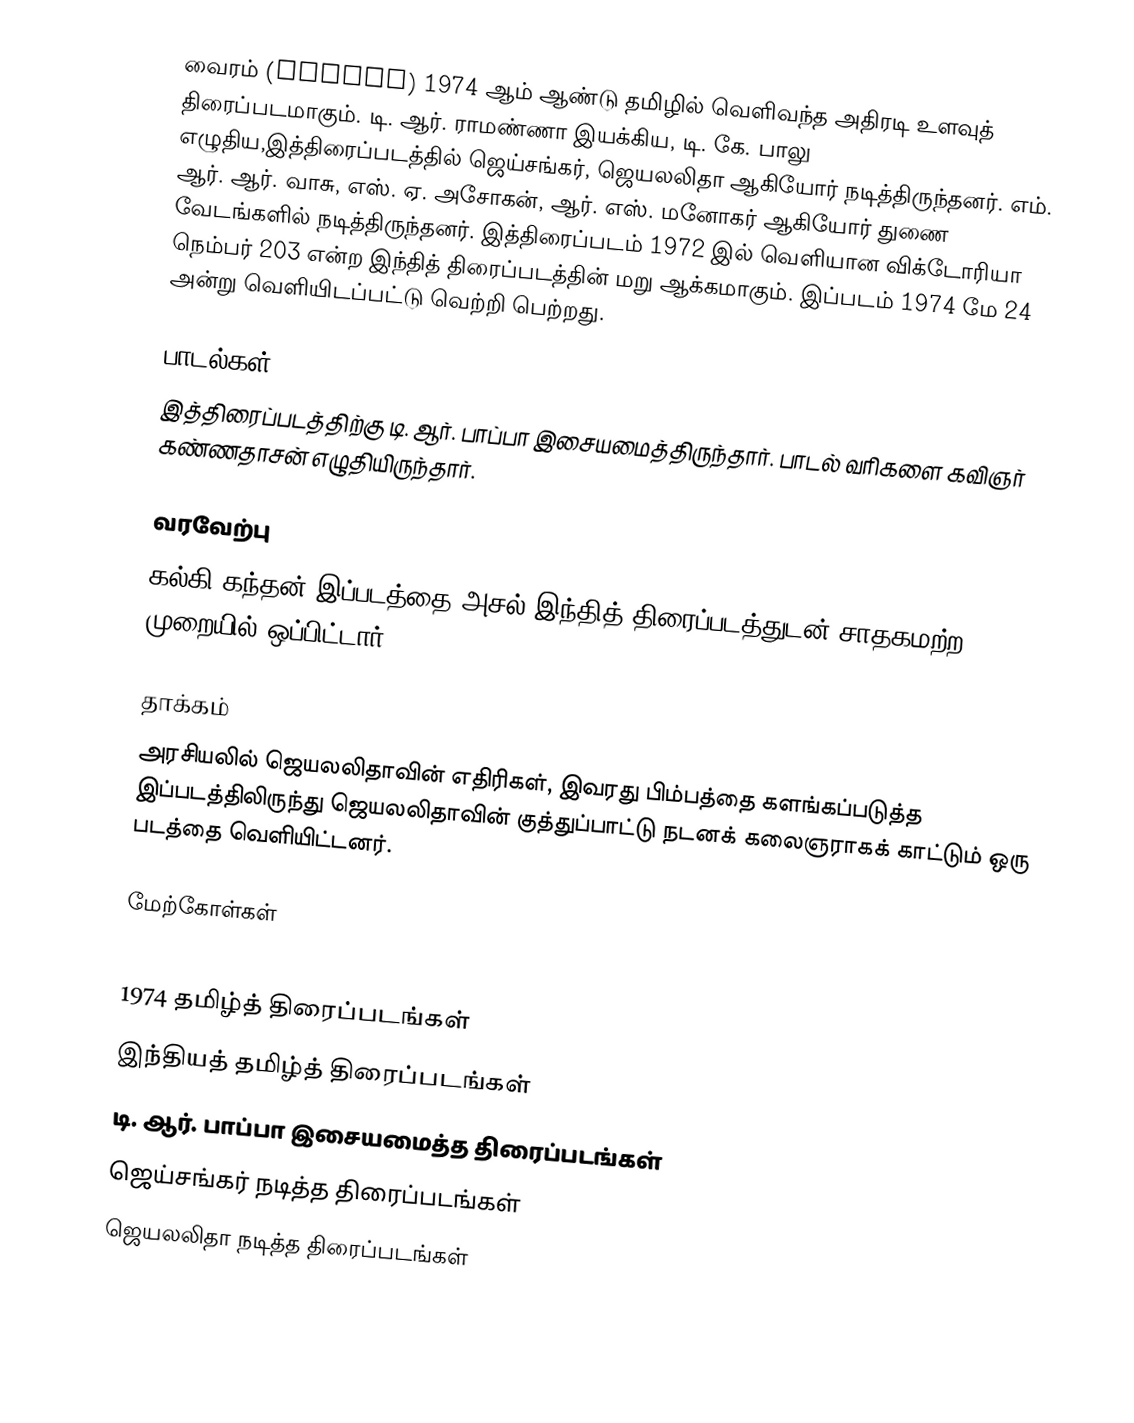
வைரம் (Vairam) 1974 ஆம் ஆண்டு தமிழில் வெளிவந்த அதிரடி உளவுத் திரைப்படமாகும். டி. ஆர். ராமண்ணா இயக்கிய,  டி. கே. பாலு எழுதிய,இத்திரைப்படத்தில் ஜெய்சங்கர், ஜெயலலிதா ஆகியோர் நடித்திருந்தனர். எம். ஆர். ஆர். வாசு, எஸ். ஏ. அசோகன், ஆர். எஸ். மனோகர் ஆகியோர் துணை வேடங்களில் நடித்திருந்தனர். இத்திரைப்படம் 1972 இல் வெளியான விக்டோரியா நெம்பர் 203 என்ற இந்தித் திரைப்படத்தின் மறு ஆக்கமாகும். இப்படம் 1974 மே 24 அன்று வெளியிடப்பட்டு வெற்றி பெற்றது.

பாடல்கள்
இத்திரைப்படத்திற்கு டி. ஆர். பாப்பா இசையமைத்திருந்தார். பாடல் வரிகளை கவிஞர் கண்ணதாசன் எழுதியிருந்தார்.

வரவேற்பு
கல்கி கந்தன் இப்படத்தை அசல் இந்தித் திரைப்படத்துடன் சாதகமற்ற முறையில் ஒப்பிட்டார்.

தாக்கம்
அரசியலில் ஜெயலலிதாவின் எதிரிகள், இவரது பிம்பத்தை களங்கப்படுத்த இப்படத்திலிருந்து ஜெயலலிதாவின் குத்துப்பாட்டு நடனக் கலைஞராகக் காட்டும் ஒரு படத்தை வெளியிட்டனர்.

மேற்கோள்கள்

1974 தமிழ்த் திரைப்படங்கள்
இந்தியத் தமிழ்த் திரைப்படங்கள்
டி. ஆர். பாப்பா இசையமைத்த திரைப்படங்கள்
ஜெய்சங்கர் நடித்த திரைப்படங்கள்
ஜெயலலிதா நடித்த திரைப்படங்கள்